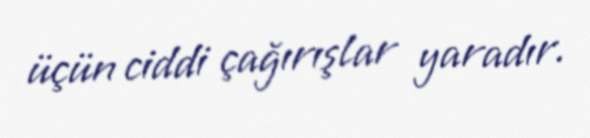
üçün ciddi çağırışlar yaradır.